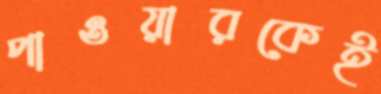
পাওয়ারকেই